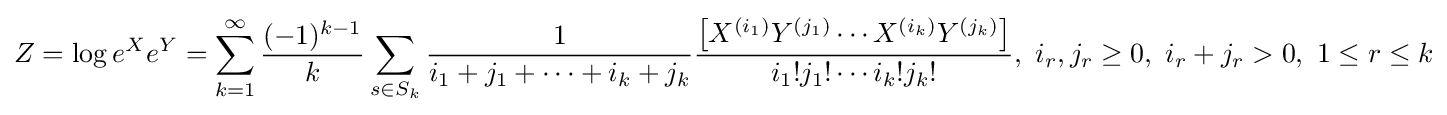
Z=\log e^{X}e^{Y}=\sum _{k=1}^{\infty }{\frac {(-1)^{k-1}}{k}}\sum _{s\in S_{k}}{\frac {1}{i_{1}+j_{1}+\cdots +i_{k}+j_{k}}}{\frac {\left[X^{(i_{1})}Y^{(j_{1})}\cdots X^{(i_{k})}Y^{(j_{k})}\right]}{i_{1}!j_{1}!\cdots i_{k}!j_{k}!}},~i_{r},j_{r}\geq 0,~i_{r}+j_{r}>0,~1\leq r\leq k